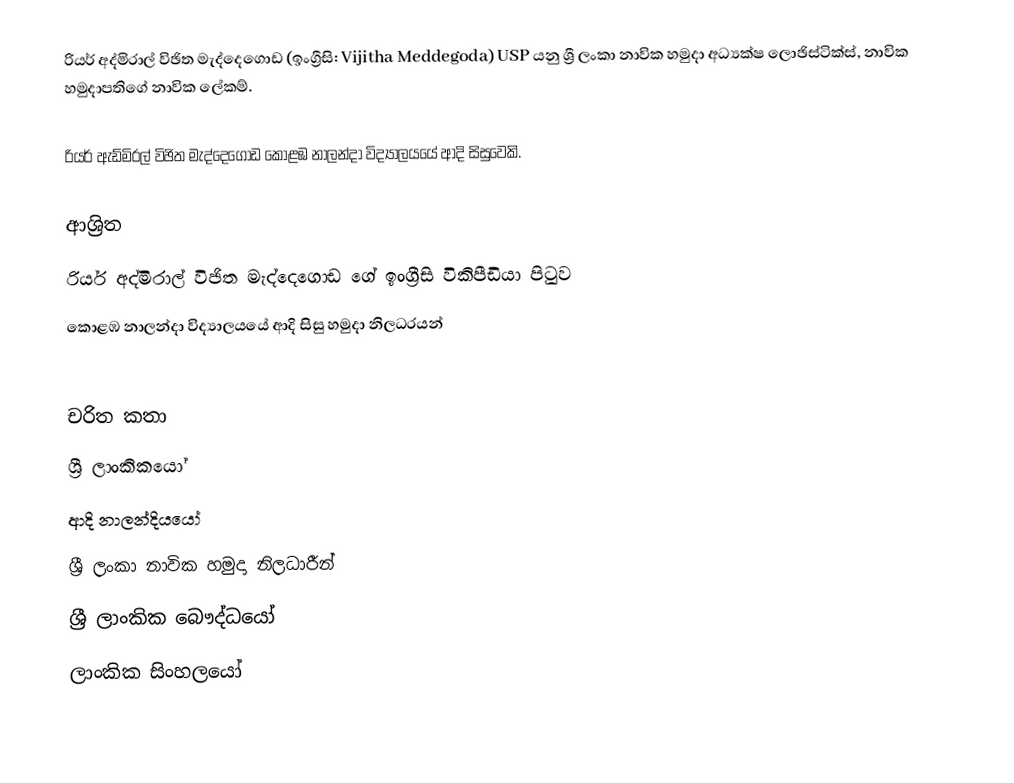
රියර් අද්මිරාල් විඡිත මැද්දෙගොඩ (ඉංග්‍රීසි: Vijitha Meddegoda) USP යනු  ශ්‍රී ලංකා නාවික හමුදා අධ්‍යක්ෂ ලොඡිස්ටික්ස්, නාවික හමුදාපතිගේ නාවික ලේකම්.

රියර් ඇඩ්මිරල් විඡිත මැද්දෙගොඩ කොළඹ නාලන්දා විද්‍යාලයයේ ආදි සිසුවෙකි.

ආශ්‍රිත
  රියර් අද්මිරාල් විඡිත මැද්දෙගොඩ ගේ ඉංග්‍රීසි විකිපීඩියා පිටුව
 කොළඹ නාලන්දා විද්‍යාලයයේ ආදි සිසු හමුදා නිලධරයන්

චරිත කතා
ශ්‍රී ලාංකිකයෝ
ආදි නාලන්දියයෝ
ශ්‍රී ලංකා නාවික හමුදා නිලධාරීන්
ශ්‍රී ලාංකික බෞද්ධයෝ
ලාංකික සිංහලයෝ